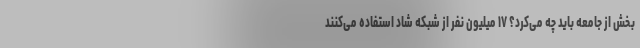
بخش از جامعه باید چه می‌کرد؟ ۱۷ میلیون نفر از شبکه شاد استفاده می‌کنند